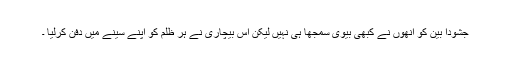
جشودا بین کو انھوں نے کبھی بیوی سمجھا ہی نہیں لیکن اس بیچاری نے ہر ظلم کو اپنے سینے میں دفن کرلیا ۔